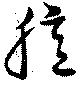
臆